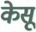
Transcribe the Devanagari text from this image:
केसू